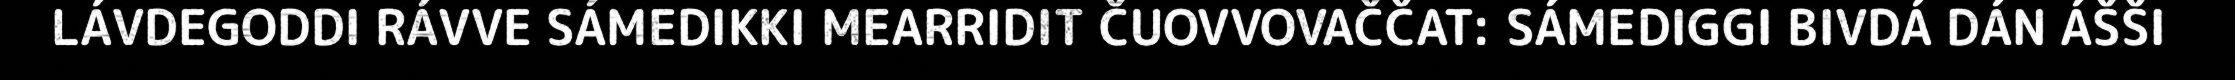
LÁVDEGODDI RÁVVE SÁMEDIKKI MEARRIDIT ČUOVVOVAČČAT: SÁMEDIGGI BIVDÁ DÁN ÁŠŠI